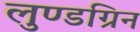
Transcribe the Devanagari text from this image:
लुण्डग्रिन